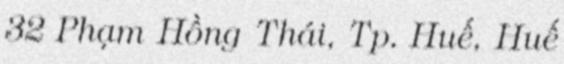
32 Phạm Hồng Thái, Tp. Huế, Huế